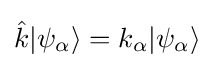
{\hat {k}}|\psi _{\alpha }\rangle =k_{\alpha }|\psi _{\alpha }\rangle